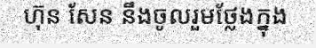
ហ៊ុន សែន នឹងចូលរួមថ្លែងក្នុង